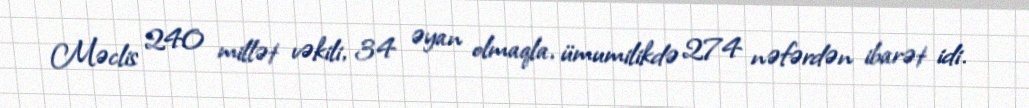
Məclis 240 millət vəkili, 34 əyan olmaqla, ümumilikdə 274 nəfərdən ibarət idi.